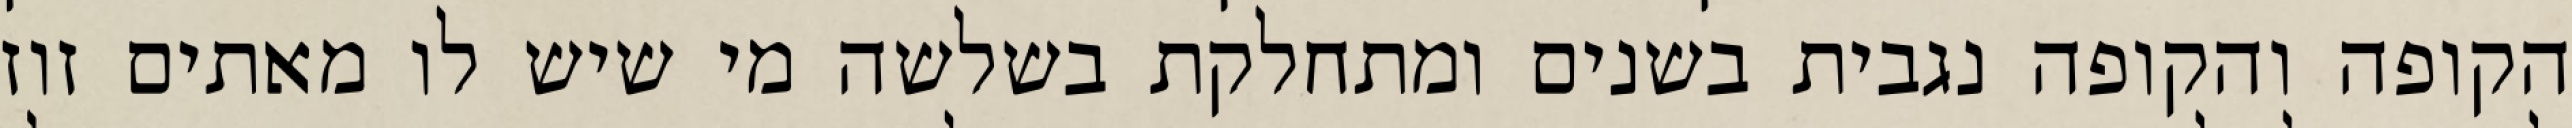
הקופה והקופה נגבית בשנים ומתחלקת בשלשה מי שיש לו מאתים זוז